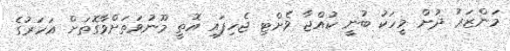
މަންޒަރު ދުށް މީހަކު ބުނީ ކުއްޖާ ވެށްޓި ޖެހިފައި އޮތީ މޫނުވަތަށްވާގޮތަށް އަހަރުގެ